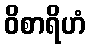
ဝိစာရိဟံ